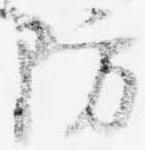
防